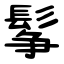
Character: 鬇